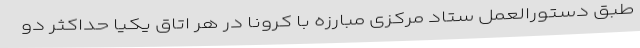
طبق دستورالعمل ستاد مرکزی مبارزه با کرونا در هر اتاق یکیا حداکثر دو